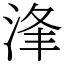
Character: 浲